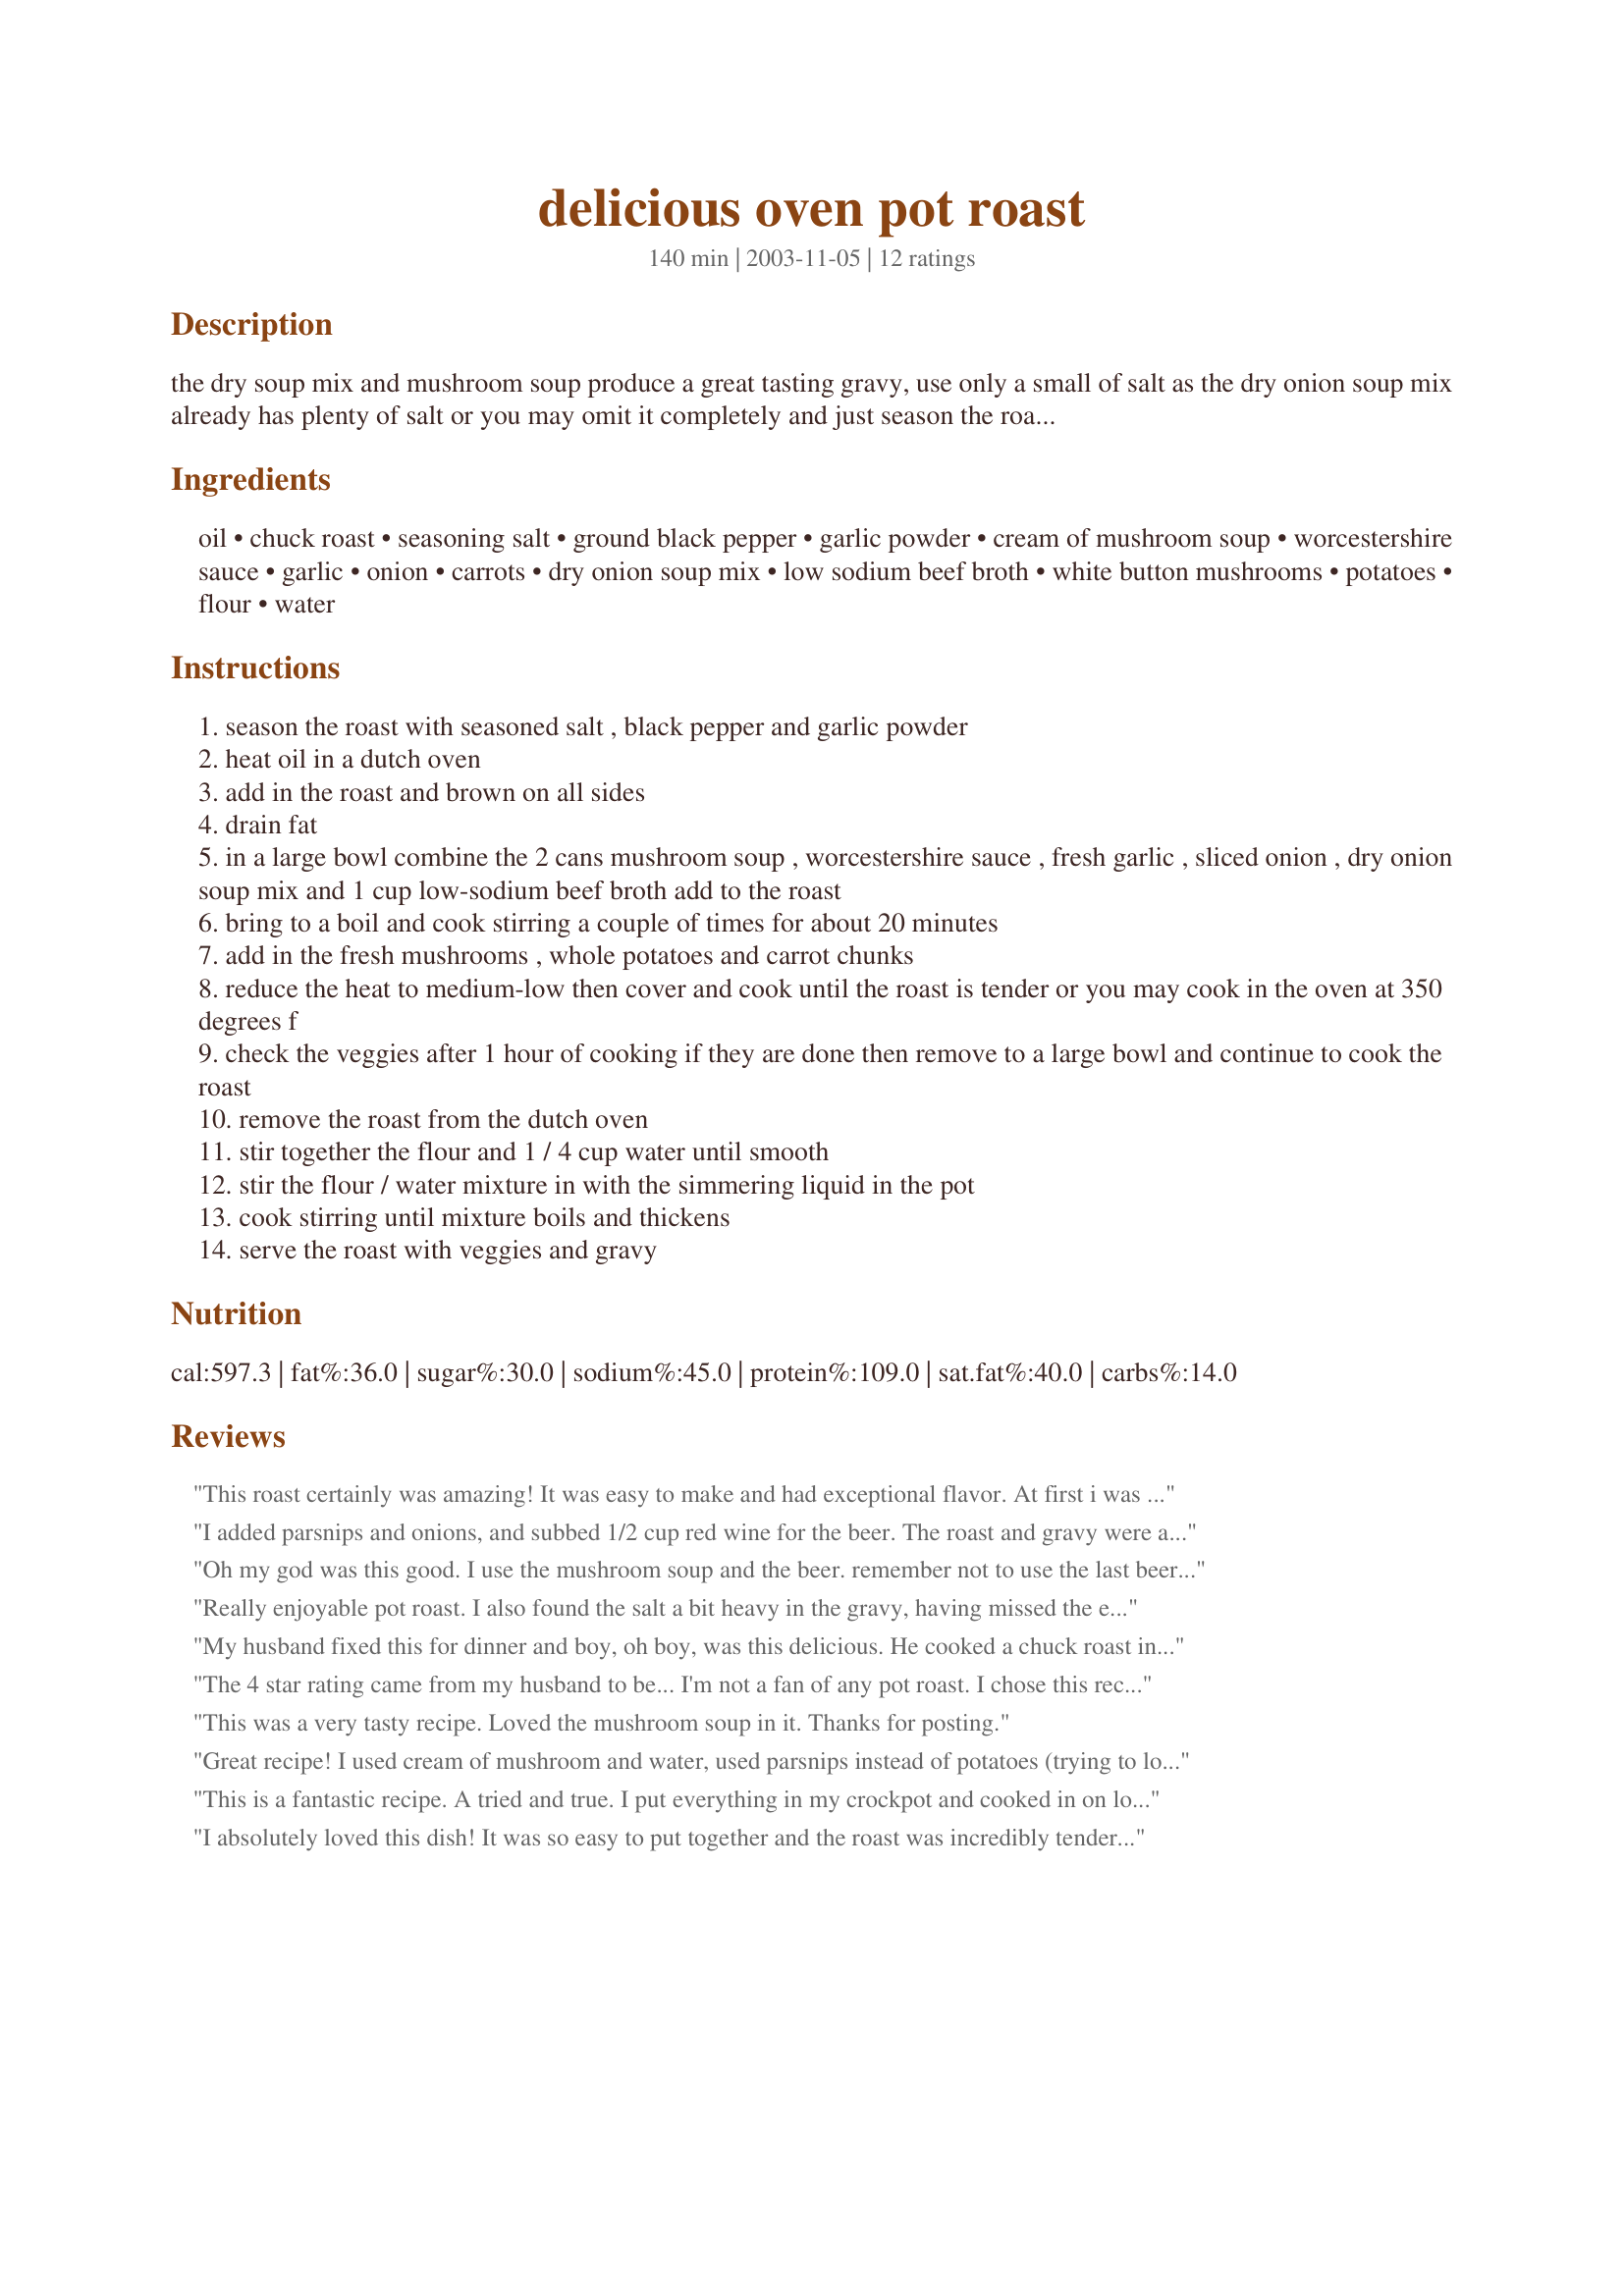
delicious oven pot roast
Preparation time: 140 minutes

the dry soup mix and mushroom soup produce a great tasting gravy, use only a small of salt as the dry onion soup mix already has plenty of salt or you may omit it completely and just season the roast with black pepper and garlic powder --- cooking time will depend on the size of your roast.

Ingredients:
oil, chuck roast, seasoning salt, ground black pepper, garlic powder, cream of mushroom soup, worcestershire sauce, garlic, onion, carrots, dry onion soup mix, low sodium beef broth, white button mushrooms, potatoes, flour, water

Steps:
season the roast with seasoned salt , black pepper and garlic powder
heat oil in a dutch oven
add in the roast and brown on all sides
drain fat
in a large bowl combine the 2 cans mushroom soup , worcestershire sauce , fresh garlic , sliced onion , dry onion soup mix and 1 cup low-sodium beef broth add to the roast
bring to a boil and cook stirring a couple of times for about 20 minutes
add in the fresh mushrooms , whole potatoes and carrot chunks
reduce the heat to medium-low then cover and cook until the roast is tender or you may cook in the oven at 350 degrees f
check the veggies after 1 hour of cooking if they are done then remove to a large bowl and continue to cook the roast
remove the roast from the dutch oven
stir together the flour and 1 / 4 cup water until smooth
stir the flour / water mixture in with the simmering liquid in the pot
cook stirring until mixture boils and thickens
serve the roast with veggies and gravy

Reviews:
This roast certainly was amazing! It was easy to make and had exceptional flavor. At first i was worried about what flavor the beer would give it, but in the end, there is no specific beer flavor. everything blends and it's great!
it did seem to thicken a bit too early, so i just added some canned beef broth. I'll make this over and over!
I added parsnips and onions, and subbed 1/2 cup red wine for the beer. The roast and gravy were absolutely perfect. What comfort food!
Oh my god was this good. I use the mushroom soup and the beer. remember not to use the last beer. ( not a good thing to do at this time of the year.) The gravy was creamy and tasted wonderful. The roast was so tender that it fell apart. Thanks kittencal for another great recipe.
Really enjoyable pot roast. I also found the salt a bit heavy in the gravy, having missed the earlier notes. I'd probably cut the onion soup mix in half next time and see how that goes. Looking forward to another try.
My husband fixed this for dinner and boy, oh boy, was this delicious. He cooked a chuck roast in the crockpot for 6 hours and it came out so tender. He didn't even need to thicken the gravy, the gravy was fine out of the crockpot just as it was. Easy recipe, thanks.
The 4 star rating came from my husband to be... I'm not a fan of any pot roast. I chose this recipe because of the 3 hour cook time. Sadly, it took 7 hours before the roast got to be tender. Thanks for the recipe.
This was a very tasty recipe. Loved the mushroom soup in it. Thanks for posting.
Great recipe! I used cream of mushroom and water, used parsnips instead of potatoes (trying to lower carbs) and it was super. This has very good flavor. I will make this again! Thanks!
This is a fantastic recipe. A tried and true. I put everything in my crockpot and cooked in on low for 8 hours.
I absolutely loved this dish! It was so easy to put together and the roast was incredibly tender. I seasoned the roast w/salt & pepper, browned it and put it in a crockpot. I also sauteed the onions & some garlic before adding them to the crockpot. I used quartered yukon gold potatoes and instead of water or beer, I added chicken stock (would have added beef stock if I had it). I put all of the ingredients into a crockpot on low for approx. 8 hours. The house smelled great and we had a wonderful meal, thanks for the recipe!
I made this and thought it was just ok. I did not use the beer because I am nursing my baby. I was hoping for alittle more flavor.
This is very good. It is more of an oven stew than a traditional (at least in my history) pot roast. I served it with Corn bread on a very cold and snowy day. Thank you for posting.
